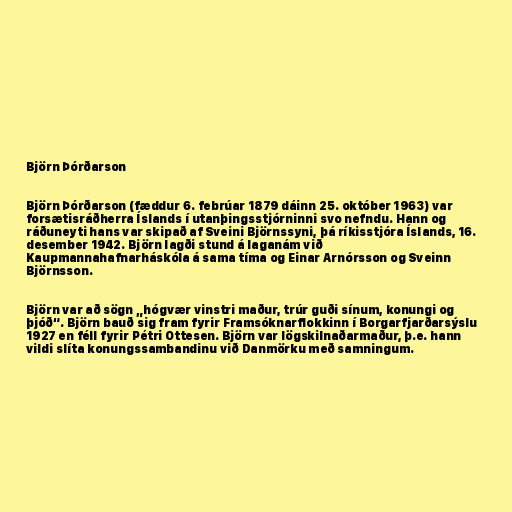
Björn Þórðarson

Björn Þórðarson (fæddur 6. febrúar 1879 dáinn 25. október 1963) var
forsætisráðherra Íslands í utanþingsstjórninni svo nefndu. Hann og
ráðuneyti hans var skipað af Sveini Björnssyni, þá ríkisstjóra Íslands, 16.
desember 1942. Björn lagði stund á laganám við
Kaupmannahafnarháskóla á sama tíma og Einar Arnórsson og Sveinn
Björnsson.

Björn var að sögn „hógvær vinstri maður, trúr guði sínum, konungi og
þjóð“. Björn bauð sig fram fyrir Framsóknarflokkinn í Borgarfjarðarsýslu
1927 en féll fyrir Pétri Ottesen. Björn var lögskilnaðarmaður, þ.e. hann
vildi slíta konungssambandinu við Danmörku með samningum.